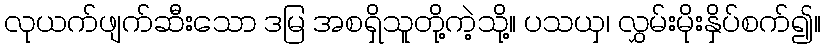
လုယက်ဖျက်ဆီးသော ဒမြ အစရှိသူတို့ကဲ့သို့။ ပသယှ၊ လွှမ်းမိုးနှိပ်စက်၍။